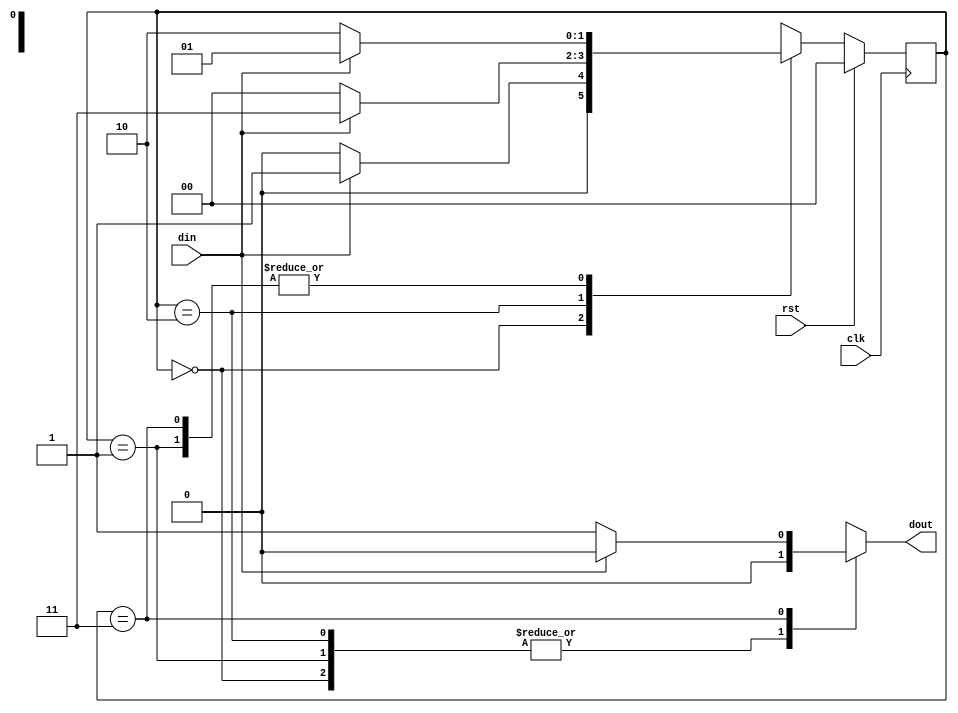
`timescale 1ns / 1ps
//////////////////////////////////////////////////////////////////////////////////
// Company: 
// Engineer: 
// 
// Design Name: 
// Module Name: melay_overlap
// Project Name: 
// Target Devices: 
// Tool Versions: 
// Description: 
// 
// Dependencies: 
// 
// Revision:
// Revision 0.01 - File Created
// Additional Comments:
// 
//////////////////////////////////////////////////////////////////////////////////


module melay_overlap(
input din,clk,rst,
output  reg dout

    );
    reg [1:0] current_state, next_state;
    
    parameter s0 = 2'b00;
    parameter s1 = 2'b01;
    parameter s2 = 2'b10;
    parameter s3 = 2'b11;
        
    always @(posedge clk) begin
        if (rst == 1) begin
            current_state <= s0;
        end else begin
            current_state <= next_state;
        end
    end
    
    always @(din or current_state) begin
        case (current_state)
            s0: if (din == 1) begin
                next_state = s1;
                dout = 1'b0; end
                else begin
                next_state = s0;
                dout = 1'b0; end
                
            s1: if (din == 0) begin
                next_state = s2;
                dout = 1'b0; end
                else begin
                next_state = s1;
                dout = 1'b0; end	 
                 
            s2: if (din == 1) begin
                next_state = s3;
                dout = 1'b0; end
                else begin
                next_state = s0;
                dout = 1'b0; end
            
            s3: if (din == 0) begin
                next_state = s2;
                dout = 1'b1; end
                else begin
                next_state = s1;
                dout = 1'b0; end	 
                 
            default: next_state = s0;
        endcase
    end
endmodule